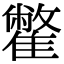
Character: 䨆